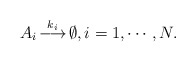
\begin{align*}A_i \mathop{\longrightarrow}^{k_i} \emptyset, i=1,\cdots,N.\end{align*}